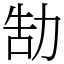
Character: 勂